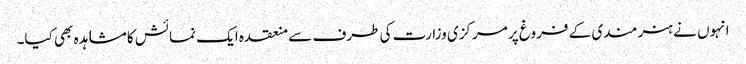
انہوں نے ہنر مندی کے فروغ پر مرکزی وزارت کی طرف سے منعقدہ ایک نمائش کا مشاہدہ بھی کیا۔